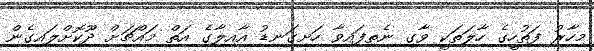
މިހާރު ފަތުހީގެ ހާލަތަކީ ވާގި ނެތިފައިވާ ހަށިގަނޑު އާއިލާގެ އަތް މައްޗަށް ދޫކޮށްލައިގެން